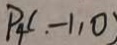
P _ { 4 } ( . - 1 , 0 )